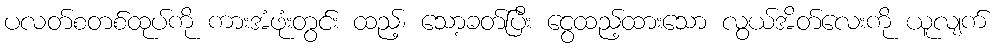
ပလတ်စတစ်ထုပ်ကို ကားအံဖုံးတွင်း ထည့်၊ သော့ခတ်ပြီး ငွေထည့်ထားသော လွယ်အိတ်လေးကို ယူလျက်